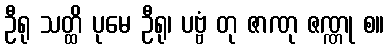
ဦရု သတ္ထိ ပုမေ ဦရု၊ ပဗ္ဗံ တု ဇာဏု ဇဏ္ဏု စ။